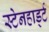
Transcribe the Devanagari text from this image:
स्टेनहार्ड्ट